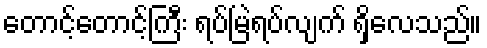
တောင့်တောင့်ကြီး ရပ်မြဲရပ်လျက် ရှိလေသည်။